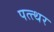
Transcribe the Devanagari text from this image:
पत्त्थर